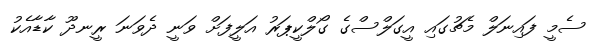
ސެމީ ފައިނަލް މެޗުގައި އީގަލްސްގެ ގޯލްކީޕަރު އަލީފަށް ވަނީ ދެވަނަ ރީނދޫ ކާޑާއެކު